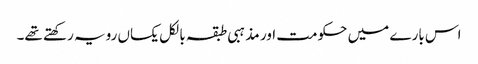
اس بارے میں حکومت اور مذہبی طبقہ بالکل یکساں رویہ رکھتے تھے۔